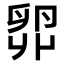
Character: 𫧼